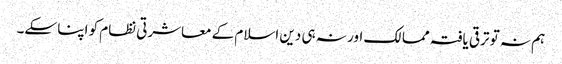
ہم نہ تو ترقی یافتہ ممالک اور نہ ہی دین اسلام کے معاشرتی نظام کو اپنا سکے۔